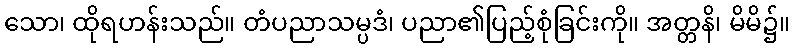
သော၊ ထိုရဟန်းသည်။ တံပညာသမ္ပဒံ၊ ပညာ၏ပြည့်စုံခြင်းကို။ အတ္တနိ၊ မိမိ၌။